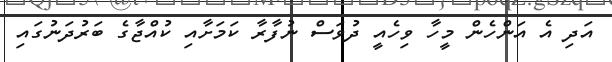
އަދި އެ އަންހެން މީހާ ވިހެއީ ދުވަސް ނުފާރާ ކަމަށާއި ކުއްޖާގެ ބަރުދަނުގައި